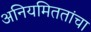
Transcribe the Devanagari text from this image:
अनियमिततांचा